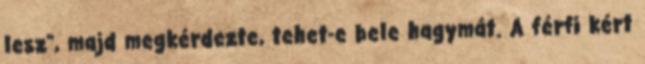
lesz”, majd megkérdezte, tehet-e bele hagymát. A férfi kért